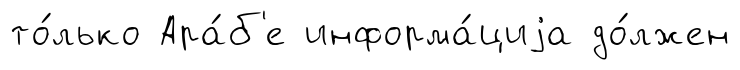
то́лько Ара́б'е информа́циjа до́лжен